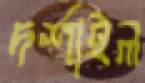
দর্শাইল